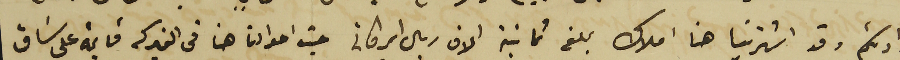
وارادتكم وقد اشترينا هنا املاك بلغ ثمانية الاف ريال اميركانى حيث احوالنا هنا فى الفبركه قايمه على سَاق